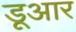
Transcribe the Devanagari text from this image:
डूआर